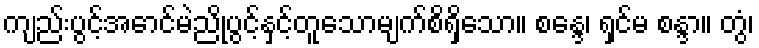
ကျည်းပွင့်အောင်မဲညိုပွင့်နှင့်တူသောမျက်စိရှိသော။ စန္ဒေ၊ ရှင်မ စန္ဒာ။ တွံ၊